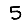
Digit: 5